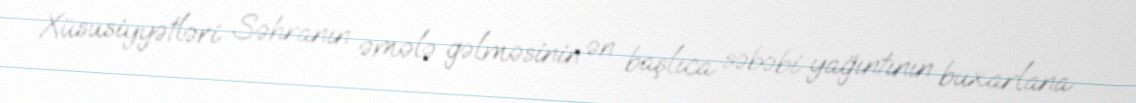
Xüsusiyyətləri Səhranın əmələ gəlməsinin ən başlıca səbəbi yağıntının buxarlana